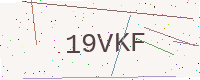
Text: 19VKF